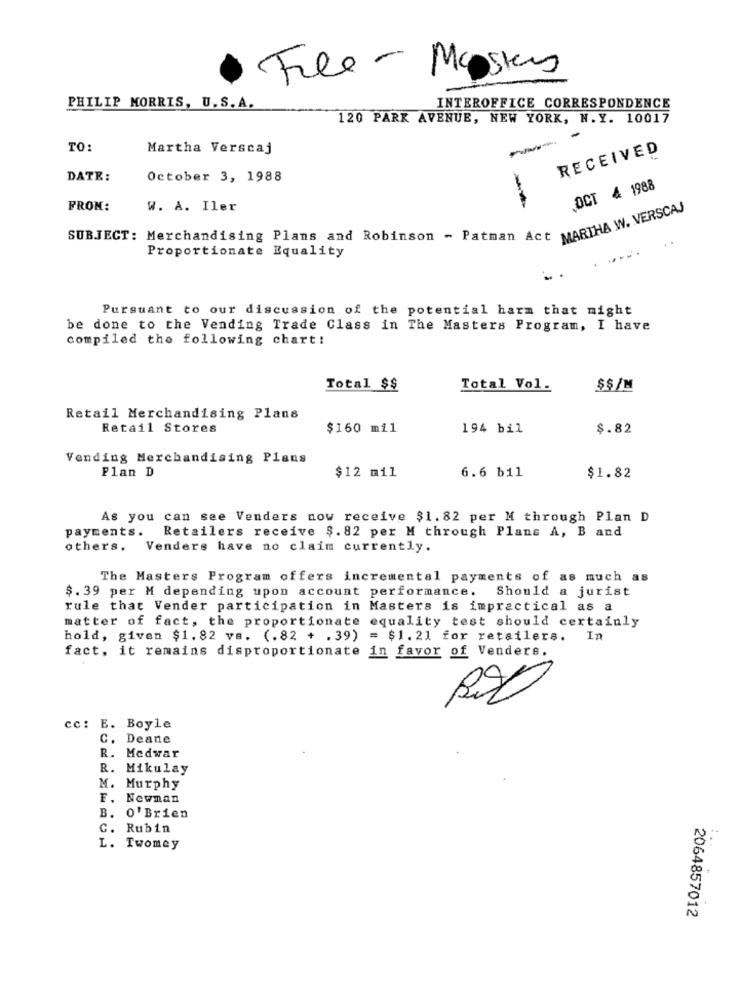
File - Mystery
PHILIP MORRIS, U. S. A.
INTEROFFICE CORRESPONDENCE
120 PARK AVENUE, NEW YORK, N.Y. 10017
TO:
Martha Verscaj
RECEIVED
DATE:
October 3, 1988
OCT 4 1988
FROM:
W. A. Iler
-
SUBJECT: Merchandising Plans and Robinson - Patnan Act MARTHA W. VERS
Proportionate Equality
Pursuant to our discussion of the potential harm that might
be done to the Vending Trade Class in The Masters Program, I have
compiled the following chart!
Total $$
Total Vol.
$$/M
Retail Merchandising Plans
Retail Stores
$160 mil
194 bil
$.82
Vending Merchandising Plans
6.6 b11
Plan D
$12 mil
$1.82
As you can see Venders now receive $1.82 per M through Plan D
Retailers receive $. 82 per M through Plans A, B and
payments.
others. Venders have no claim currently.
The Masters Program offers incremental payments of as much as
$. 39 per M depending upon account performance. Should a jurist
rule that Vender participation in Masters is impractical as a
matter of fact, the proportionate equality test should certainly
hold, given $1. 82 va. (.82 + .39) = $1. 21 for retailers. In
fact, it remains disproportionate in favor of Venders.
cc: E. Boyle
C. Deane
R. Medwar
R. Mikulay
M. Murphy
F. Newman
B.
O' Brien
C. Rubin
L. Twomey
2064857012